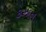
કઝાન